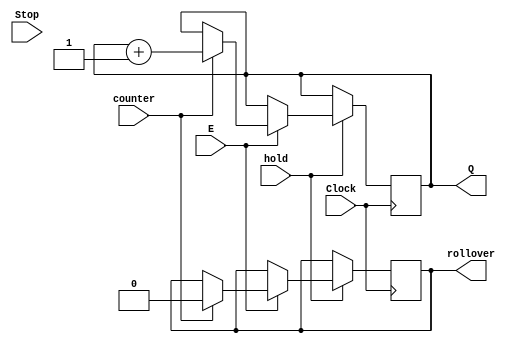
//counter for seconds
module smaller_counter_seg2 (Clock, Stop, counter, E, Q, rollover, hold);
parameter n = 4;
parameter k = 20;

input E, Clock, Stop, counter, hold;

output [n-1:0] Q;
output rollover;

reg [n-1:0] Q;
reg rollover;

always @(posedge Clock) begin
	//if KEY0 is pressed, stop counter
	if (hold == 0) begin
		Q <= Q;
		//rollover <= 0;
	end
	//increment counter as usual. 
	else if (E == 1) begin
		//if rollover from HEX0, then increment
		if(counter == 1) begin
			//when counter is 9, reset rollover and set counter back to 0
			if(Q == (k-1)) begin
				Q <= 0;
				rollover <= 0;
			end
			//rollover at 8 instead of 9 to due to clock delay.
			else if (Q == (k-2)) begin
			Q <= Q + 1;
			rollover <= 1;
			end
			//increment counter 
			else begin
				Q <= Q + 1;
				rollover <= 0;
			end
		end
	end
end

endmodule